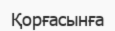
Қорғасынға